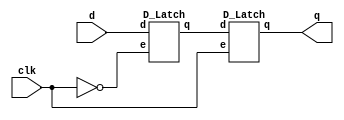
`timescale 1ns/1ps

module D_Flip_Flop(clk, d, q);
    input clk;
    input d;
    output q;
    wire _clk, q1;

    not g1(_clk, clk);
    D_Latch d1(_clk, d, q1);
    D_Latch d2(clk, q1, q);
    endmodule

module D_Latch(e, d, q);
    input e;
    input d;
    output q;
    wire _d, w1, w2, _q;

    not g1(_d, d);
    nand g2(w1, d, e);
    nand g3(w2, _d, e);
    nand g4(q, w1, _q);
    nand g5(_q, q, w2);
endmodule